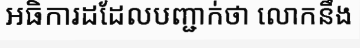
អធិការដដែលបញ្ជាក់ថា លោកនឹង